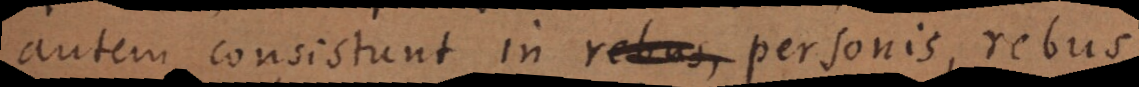
autem consistunt in rebus, personis, rebus,